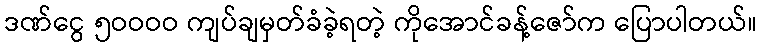
ဒဏ်ငွေ ၅ဝဝဝဝ ကျပ်ချမှတ်ခံခဲ့ရတဲ့ ကိုအောင်ခန့်ဇော်က ပြောပါတယ်။